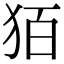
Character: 㹮